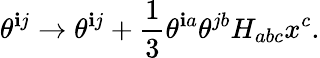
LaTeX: \theta^{\mathbf{i}j}\to\theta^{\mathbf{i}j}+{\frac{{1}}{{3}}}\theta^{\mathbf{i}a}\theta^{jb}H_{abc}x^{c}.